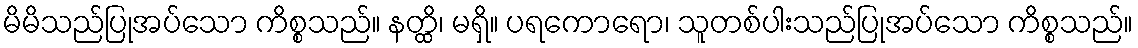
မိမိသည်ပြုအပ်သော ကိစ္စသည်။ နတ္ထိ၊ မရှိ။ ပရကောရော၊ သူတစ်ပါးသည်ပြုအပ်သော ကိစ္စသည်။